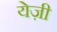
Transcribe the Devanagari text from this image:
येज़ी